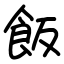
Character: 飯